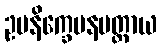
ဥပနိက္ခေပနမတ္တာယ